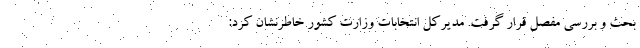
بحث و بررسی مفصل قرار گرفت. مدیرکل انتخابات وزارت کشور خاطرنشان کرد: